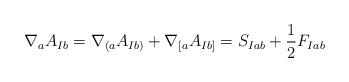
LaTeX: \begin{align*}\nabla_{a}A_{Ib} = \nabla_{(a} A_{Ib)} + \nabla_{[a} A_{Ib]} = S_{Iab} + \frac{1}{2} F_{Iab}\end{align*}